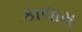
કાલામ